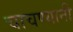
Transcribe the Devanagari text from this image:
चाचण्यानी